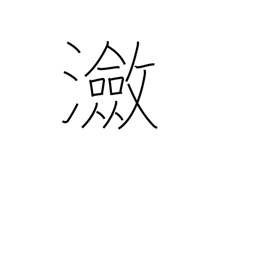
Meaning: rippling